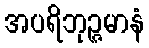
အပရိဘုဉ္ဇမာနံ